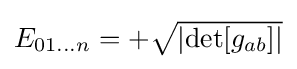
{\textstyle E_{01\dots n}=+{\sqrt {\left|\det[g_{ab}]\right|}}}